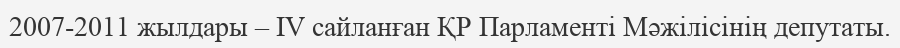
2007-2011 жылдары – IV сайланған ҚР Парламенті Мәжілісінің депутаты.